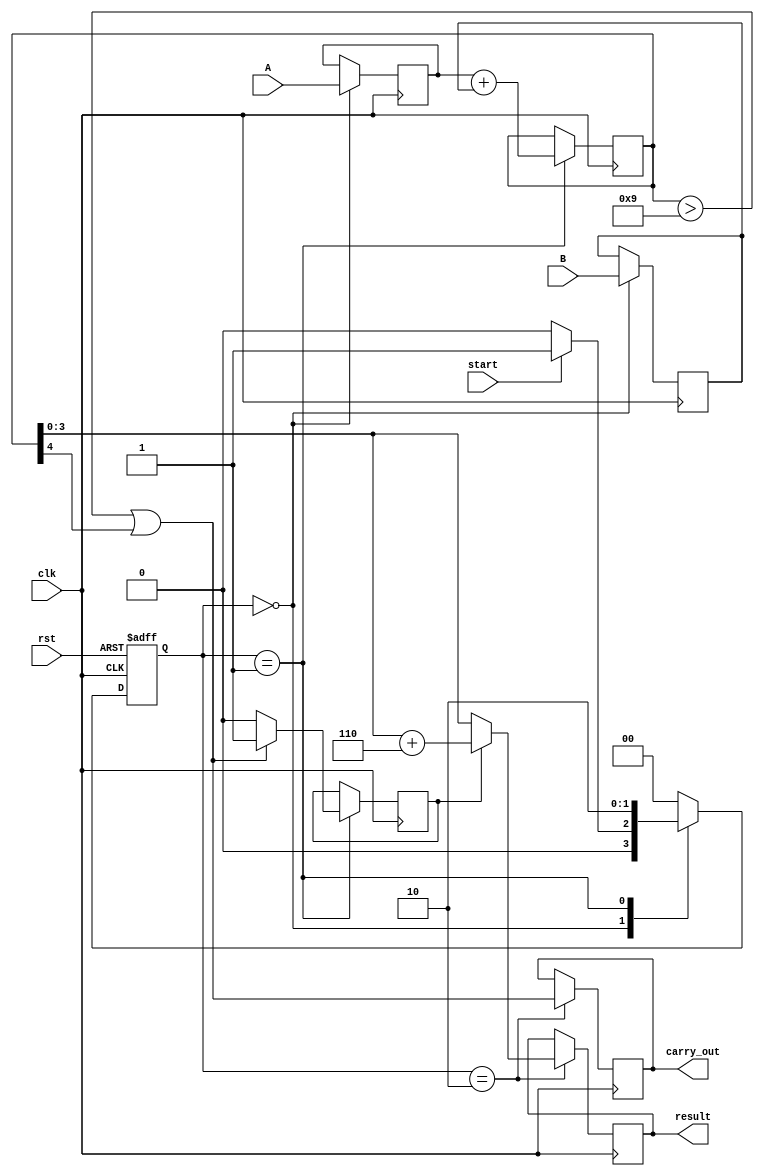
module BCD_Pipelined_Adder (
    input wire clk,             // Clock signal
    input wire rst,             // Reset signal
    input wire [3:0] A,         // First BCD digit
    input wire [3:0] B,         // Second BCD digit
    input wire start,           // Control signal to initiate addition
    output reg [3:0] result,    // BCD result
    output reg carry_out        // Carry output
);

// State definitions
localparam STAGE1 = 2'b00,
           STAGE2 = 2'b01,
           STAGE3 = 2'b10;

reg [1:0] state, next_state;

// Intermediate signals
reg [4:0] sum;               // 5-bit sum to accommodate carry
reg bcd_correct;             // Flag for BCD correction

// State transition
always @(posedge clk or posedge rst) begin
    if (rst) begin
        state <= STAGE1;
    end else begin
        state <= next_state;
    end
end

// Next state logic
always @(*) begin
    case (state)
        STAGE1: begin
            if (start)
                next_state = STAGE2;
            else
                next_state = STAGE1;
        end
        STAGE2: begin
            next_state = STAGE3;
        end
        STAGE3: begin
            next_state = STAGE1; // Return to STAGE1 after output
        end
        default: next_state = STAGE1;
    endcase
end

// Pipeline registers
reg [3:0] A_reg, B_reg;
reg [4:0] sum_reg;
reg carry_out_reg;

// Stage 1: Input capture and initial addition
always @(posedge clk) begin
    if (state == STAGE1) begin
        A_reg <= A;
        B_reg <= B;
    end
end

always @(posedge clk) begin
    if (state == STAGE2) begin
        sum_reg <= A_reg + B_reg; // Add BCD digits
    end
end

// Stage 2: BCD correction logic
always @(posedge clk) begin
    if (state == STAGE2) begin
        // Check for BCD correction needed
        if (sum_reg > 9 || sum_reg[4]) // Check if greater than 9 or carry out
            bcd_correct <= 1'b1;       // Set correction flag
        else
            bcd_correct <= 1'b0;
    end
end

// Stage 3: Output generation
always @(posedge clk) begin
    if (state == STAGE3) begin
        if (bcd_correct)
            result <= sum_reg[3:0] + 4'b0110; // Correct BCD by adding 6
        else
            result <= sum_reg[3:0]; // Valid BCD, no correction

        carry_out <= (sum_reg > 9) || sum_reg[4]; // Set carry out
    end
end

endmodule